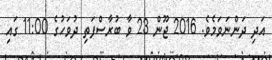
އަދި ދަންނަވަމެވެ. 2016 ޖޫން 23 ވާ ބުރާސްފަތި ދުވަހުގެ 11:00 ގައި